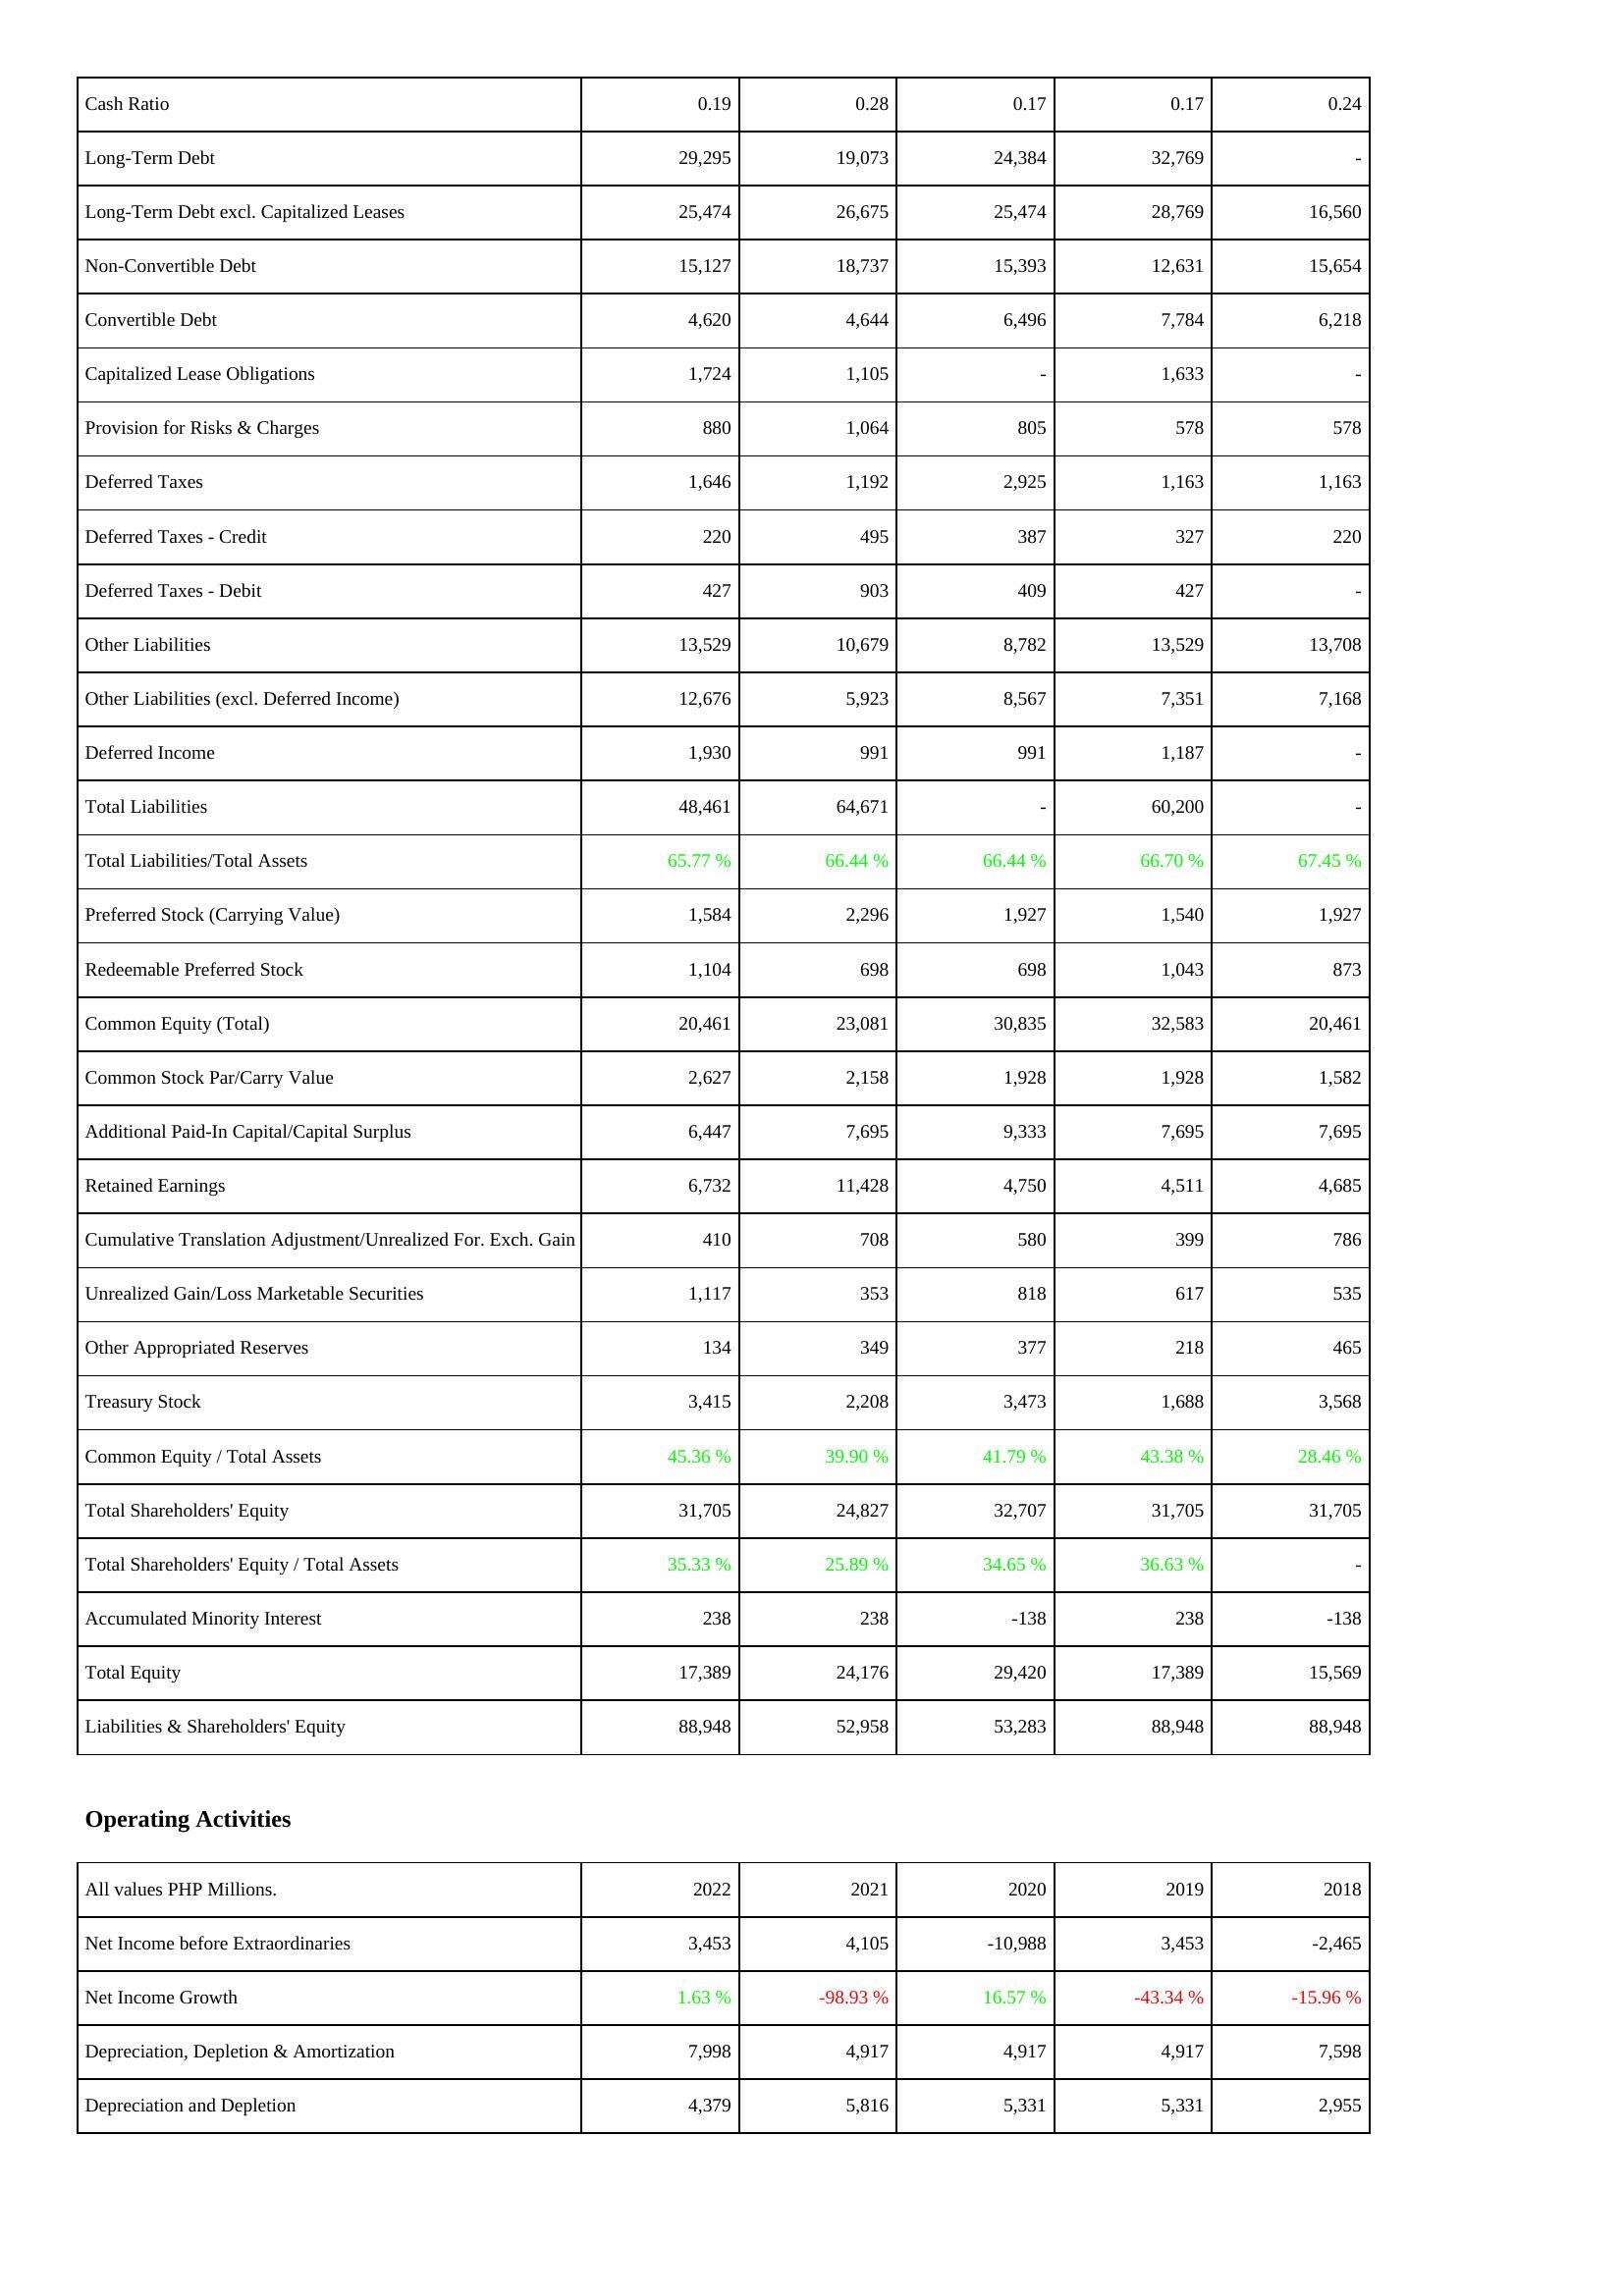
2022: Liabilities & Shareholders' Equity: Cash Ratio: 0.19
Long-Term Debt: 29,295
Long-Term Debt excl. Capitalized Leases: 25,474
Non-Convertible Debt: 15,127
Convertible Debt: 4,620
Capitalized Lease Obligations: 1,724
Provision for Risks & Charges: 880
Deferred Taxes: 1,646
Deferred Taxes - Credit: 220
Deferred Taxes - Debit: 427
Other Liabilities: 13,529
Other Liabilities (excl. Deferred Income): 12,676
Deferred Income: 1,930
Total Liabilities: 48,461
Total Liabilities/Total Assets: 65.77 %
Preferred Stock (Carrying Value): 1,584
Redeemable Preferred Stock: 1,104
Common Equity (Total): 20,461
Common Stock Par/Carry Value: 2,627
Additional Paid-In Capital/Capital Surplus: 6,447
Retained Earnings: 6,732
Cumulative Translation Adjustment/Unrealized For. Exch. Gain: 410
Unrealized Gain/Loss Marketable Securities: 1,117
Other Appropriated Reserves: 134
Treasury Stock: 3,415
Common Equity / Total Assets: 45.36 %
Total Shareholders' Equity: 31,705
Total Shareholders' Equity / Total Assets: 35.33 %
Accumulated Minority Interest: 238
Total Equity: 17,389
Liabilities & Shareholders' Equity: 88,948
Operating Activities: Net Income before Extraordinaries: 3,453
Net Income Growth: 1.63 %
Depreciation, Depletion & Amortization: 7,998
Depreciation and Depletion: 4,379
2021: Liabilities & Shareholders' Equity: Cash Ratio: 0.28
Long-Term Debt: 19,073
Long-Term Debt excl. Capitalized Leases: 26,675
Non-Convertible Debt: 18,737
Convertible Debt: 4,644
Capitalized Lease Obligations: 1,105
Provision for Risks & Charges: 1,064
Deferred Taxes: 1,192
Deferred Taxes - Credit: 495
Deferred Taxes - Debit: 903
Other Liabilities: 10,679
Other Liabilities (excl. Deferred Income): 5,923
Deferred Income: 991
Total Liabilities: 64,671
Total Liabilities/Total Assets: 66.44 %
Preferred Stock (Carrying Value): 2,296
Redeemable Preferred Stock: 698
Common Equity (Total): 23,081
Common Stock Par/Carry Value: 2,158
Additional Paid-In Capital/Capital Surplus: 7,695
Retained Earnings: 11,428
Cumulative Translation Adjustment/Unrealized For. Exch. Gain: 708
Unrealized Gain/Loss Marketable Securities: 353
Other Appropriated Reserves: 349
Treasury Stock: 2,208
Common Equity / Total Assets: 39.90 %
Total Shareholders' Equity: 24,827
Total Shareholders' Equity / Total Assets: 25.89 %
Accumulated Minority Interest: 238
Total Equity: 24,176
Liabilities & Shareholders' Equity: 52,958
Operating Activities: Net Income before Extraordinaries: 4,105
Net Income Growth: -98.93 %
Depreciation, Depletion & Amortization: 4,917
Depreciation and Depletion: 5,816
2020: Liabilities & Shareholders' Equity: Cash Ratio: 0.17
Long-Term Debt: 24,384
Long-Term Debt excl. Capitalized Leases: 25,474
Non-Convertible Debt: 15,393
Convertible Debt: 6,496
Capitalized Lease Obligations: -
Provision for Risks & Charges: 805
Deferred Taxes: 2,925
Deferred Taxes - Credit: 387
Deferred Taxes - Debit: 409
Other Liabilities: 8,782
Other Liabilities (excl. Deferred Income): 8,567
Deferred Income: 991
Total Liabilities: -
Total Liabilities/Total Assets: 66.44 %
Preferred Stock (Carrying Value): 1,927
Redeemable Preferred Stock: 698
Common Equity (Total): 30,835
Common Stock Par/Carry Value: 1,928
Additional Paid-In Capital/Capital Surplus: 9,333
Retained Earnings: 4,750
Cumulative Translation Adjustment/Unrealized For. Exch. Gain: 580
Unrealized Gain/Loss Marketable Securities: 818
Other Appropriated Reserves: 377
Treasury Stock: 3,473
Common Equity / Total Assets: 41.79 %
Total Shareholders' Equity: 32,707
Total Shareholders' Equity / Total Assets: 34.65 %
Accumulated Minority Interest: -138
Total Equity: 29,420
Liabilities & Shareholders' Equity: 53,283
Operating Activities: Net Income before Extraordinaries: -10,988
Net Income Growth: 16.57 %
Depreciation, Depletion & Amortization: 4,917
Depreciation and Depletion: 5,331
2019: Liabilities & Shareholders' Equity: Cash Ratio: 0.17
Long-Term Debt: 32,769
Long-Term Debt excl. Capitalized Leases: 28,769
Non-Convertible Debt: 12,631
Convertible Debt: 7,784
Capitalized Lease Obligations: 1,633
Provision for Risks & Charges: 578
Deferred Taxes: 1,163
Deferred Taxes - Credit: 327
Deferred Taxes - Debit: 427
Other Liabilities: 13,529
Other Liabilities (excl. Deferred Income): 7,351
Deferred Income: 1,187
Total Liabilities: 60,200
Total Liabilities/Total Assets: 66.70 %
Preferred Stock (Carrying Value): 1,540
Redeemable Preferred Stock: 1,043
Common Equity (Total): 32,583
Common Stock Par/Carry Value: 1,928
Additional Paid-In Capital/Capital Surplus: 7,695
Retained Earnings: 4,511
Cumulative Translation Adjustment/Unrealized For. Exch. Gain: 399
Unrealized Gain/Loss Marketable Securities: 617
Other Appropriated Reserves: 218
Treasury Stock: 1,688
Common Equity / Total Assets: 43.38 %
Total Shareholders' Equity: 31,705
Total Shareholders' Equity / Total Assets: 36.63 %
Accumulated Minority Interest: 238
Total Equity: 17,389
Liabilities & Shareholders' Equity: 88,948
Operating Activities: Net Income before Extraordinaries: 3,453
Net Income Growth: -43.34 %
Depreciation, Depletion & Amortization: 4,917
Depreciation and Depletion: 5,331
2018: Liabilities & Shareholders' Equity: Cash Ratio: 0.24
Long-Term Debt: -
Long-Term Debt excl. Capitalized Leases: 16,560
Non-Convertible Debt: 15,654
Convertible Debt: 6,218
Capitalized Lease Obligations: -
Provision for Risks & Charges: 578
Deferred Taxes: 1,163
Deferred Taxes - Credit: 220
Deferred Taxes - Debit: -
Other Liabilities: 13,708
Other Liabilities (excl. Deferred Income): 7,168
Deferred Income: -
Total Liabilities: -
Total Liabilities/Total Assets: 67.45 %
Preferred Stock (Carrying Value): 1,927
Redeemable Preferred Stock: 873
Common Equity (Total): 20,461
Common Stock Par/Carry Value: 1,582
Additional Paid-In Capital/Capital Surplus: 7,695
Retained Earnings: 4,685
Cumulative Translation Adjustment/Unrealized For. Exch. Gain: 786
Unrealized Gain/Loss Marketable Securities: 535
Other Appropriated Reserves: 465
Treasury Stock: 3,568
Common Equity / Total Assets: 28.46 %
Total Shareholders' Equity: 31,705
Total Shareholders' Equity / Total Assets: -
Accumulated Minority Interest: -138
Total Equity: 15,569
Liabilities & Shareholders' Equity: 88,948
Operating Activities: Net Income before Extraordinaries: -2,465
Net Income Growth: -15.96 %
Depreciation, Depletion & Amortization: 7,598
Depreciation and Depletion: 2,955